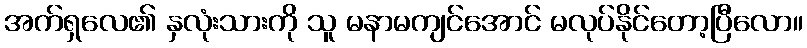
အက်ရှလေ၏ နှလုံးသားကို သူ မနာမကျင်အောင် မလုပ်နိုင်တော့ပြီလော။